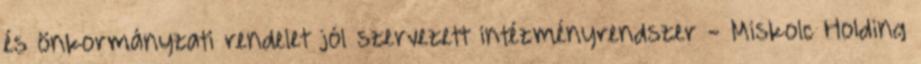
és önkormányzati rendelet jól szervezett intézményrendszer - Miskolc Holding